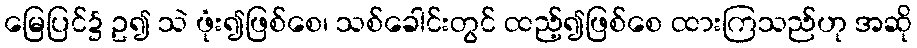
မြေပြင်၌ ဥ၍ သဲ ဖုံး၍ဖြစ်စေ၊ သစ်ခေါင်းတွင် ထည့်၍ဖြစ်စေ ထားကြသည်ဟု အဆို